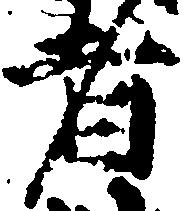
者